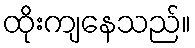
ထိုးကျနေသည်။